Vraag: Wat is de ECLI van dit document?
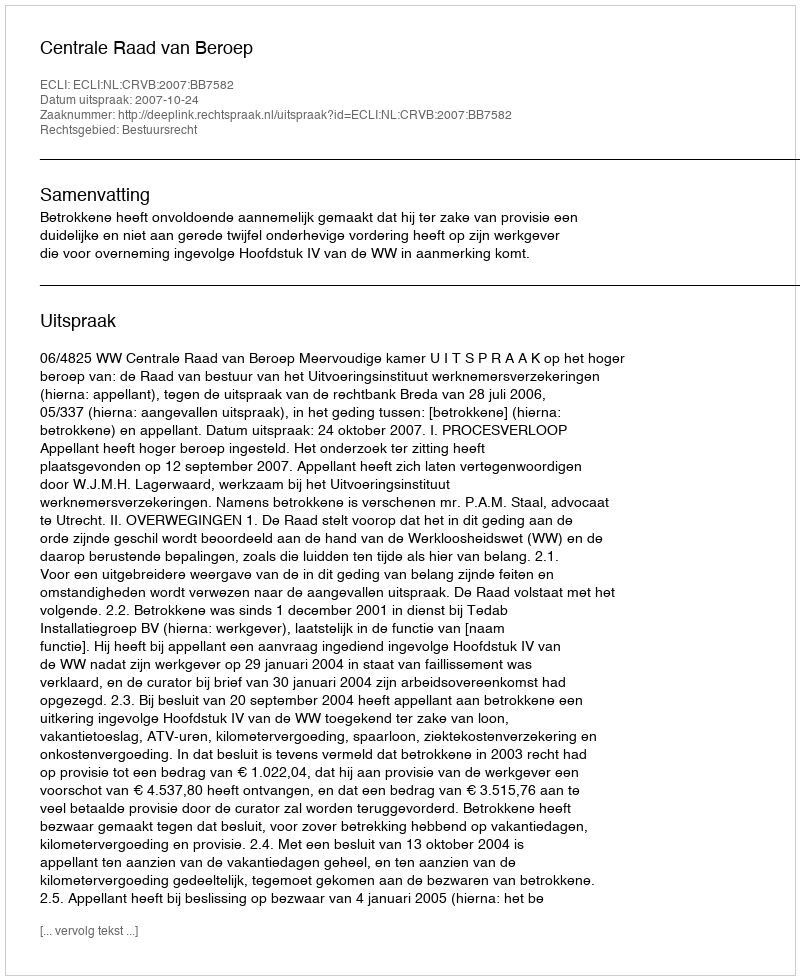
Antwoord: ECLI:NL:CRVB:2007:BB7582